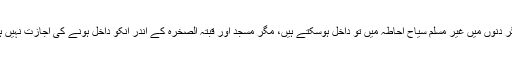
دیگر دنوں میں غیر مسلم سیاح احاطہ میں تو داخل ہوسکتے ہیں، مگر مسجد اور قبتہ الصخرہ کے اندر انکو داخل ہونے کی اجازت نہیں ہے۔